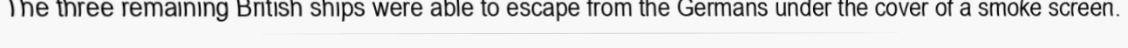
The three remaining British ships were able to escape from the Germans under the cover of a smoke screen.